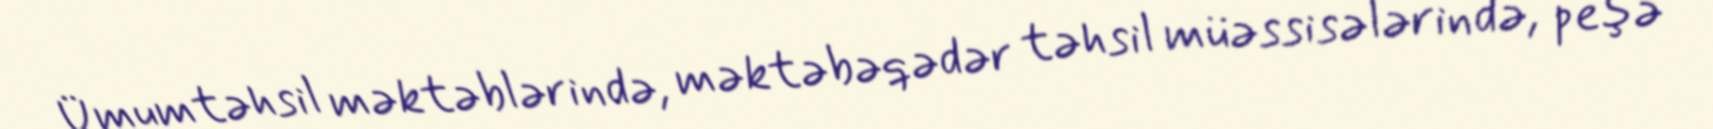
Ümumtəhsil məktəblərində, məktəbəqədər təhsil müəssisələrində, peşə